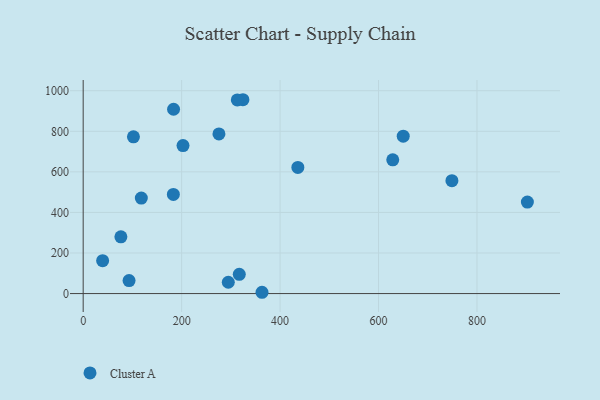
{"axis": {"x": "Investment", "y": "Demand"}, "legend": ["Cluster A"], "data": [{"x": "324.5", "y": 955.7, "type": "Cluster A"}, {"x": "363.3", "y": 6.4, "type": "Cluster A"}, {"x": "118.1", "y": 471.0, "type": "Cluster A"}, {"x": "650.2", "y": 776.2, "type": "Cluster A"}, {"x": "749.1", "y": 556.5, "type": "Cluster A"}, {"x": "202.8", "y": 729.5, "type": "Cluster A"}, {"x": "902.4", "y": 450.9, "type": "Cluster A"}, {"x": "76.6", "y": 280.0, "type": "Cluster A"}, {"x": "275.8", "y": 787.3, "type": "Cluster A"}, {"x": "183.6", "y": 908.8, "type": "Cluster A"}, {"x": "313.1", "y": 954.8, "type": "Cluster A"}, {"x": "102.1", "y": 772.9, "type": "Cluster A"}, {"x": "628.9", "y": 659.6, "type": "Cluster A"}, {"x": "317.1", "y": 94.8, "type": "Cluster A"}, {"x": "294.8", "y": 55.8, "type": "Cluster A"}, {"x": "183.2", "y": 489.0, "type": "Cluster A"}, {"x": "39.5", "y": 162.3, "type": "Cluster A"}, {"x": "93.2", "y": 64.2, "type": "Cluster A"}, {"x": "436.1", "y": 621.8, "type": "Cluster A"}]}